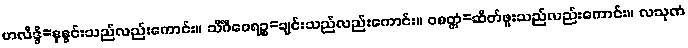
ဟလိဒ္ဒိ=နနွင်းသည်လည်းကောင်း။ သိင်္ဂီဝေရဉ္စ=ချင်းသည်လည်းကောင်း။ ဝစတ္တံ=ဆိတ်ဖူးသည်လည်းကောင်း။ လသုဏံ